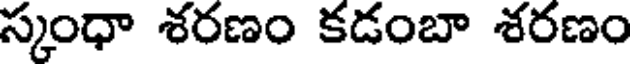
స్కంధా శరణం కడంబా శరణం